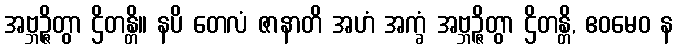
အဗ္ဘဉ္ဇိတွာ ဌိတန္တိ။ နပိ တေလံ ဇာနာတိ အဟံ အက္ခံ အဗ္ဘဉ္ဇိတွာ ဌိတန္တိ, ဧဝမေဝ န